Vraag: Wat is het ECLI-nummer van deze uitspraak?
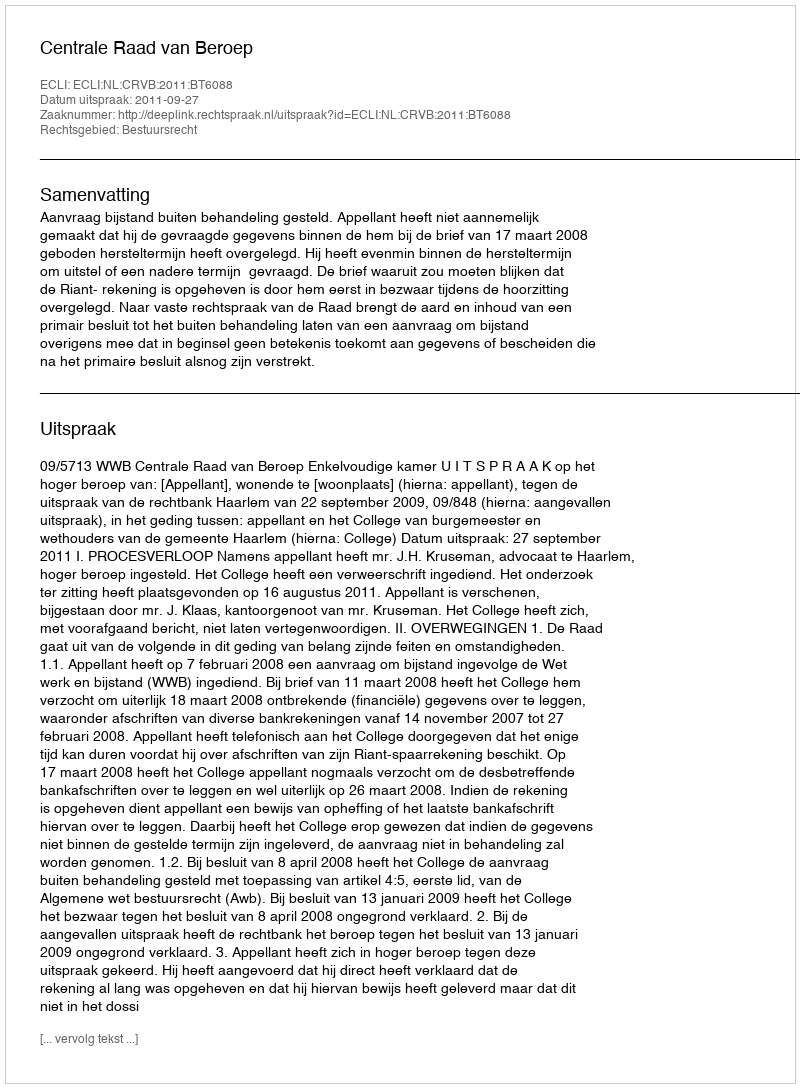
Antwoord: ECLI:NL:CRVB:2011:BT6088